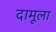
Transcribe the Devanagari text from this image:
दामूला